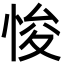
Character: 悛